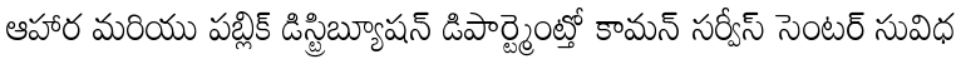
ఆహార మరియు పబ్లిక్ డిస్ట్రిబ్యూషన్ డిపార్ట్మెంట్తో కామన్ సర్వీస్ సెంటర్ సువిధ